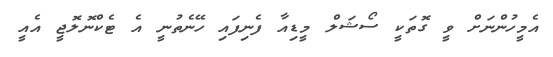
އެމީހުންނަށް ވީ ގޮތަކީ ސޯޝަލް މީޑިއާ ފެނިފައި ހޭނެތުނީ އެ ޓެކްނޮލޮޖީ އެއީ